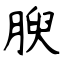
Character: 腴